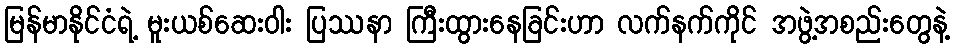
မြန်မာနိုင်ငံရဲ့ မူးယစ်ဆေးဝါး ပြဿနာ ကြီးထွားနေခြင်းဟာ လက်နက်ကိုင် အဖွဲ့အစည်းတွေနဲ့